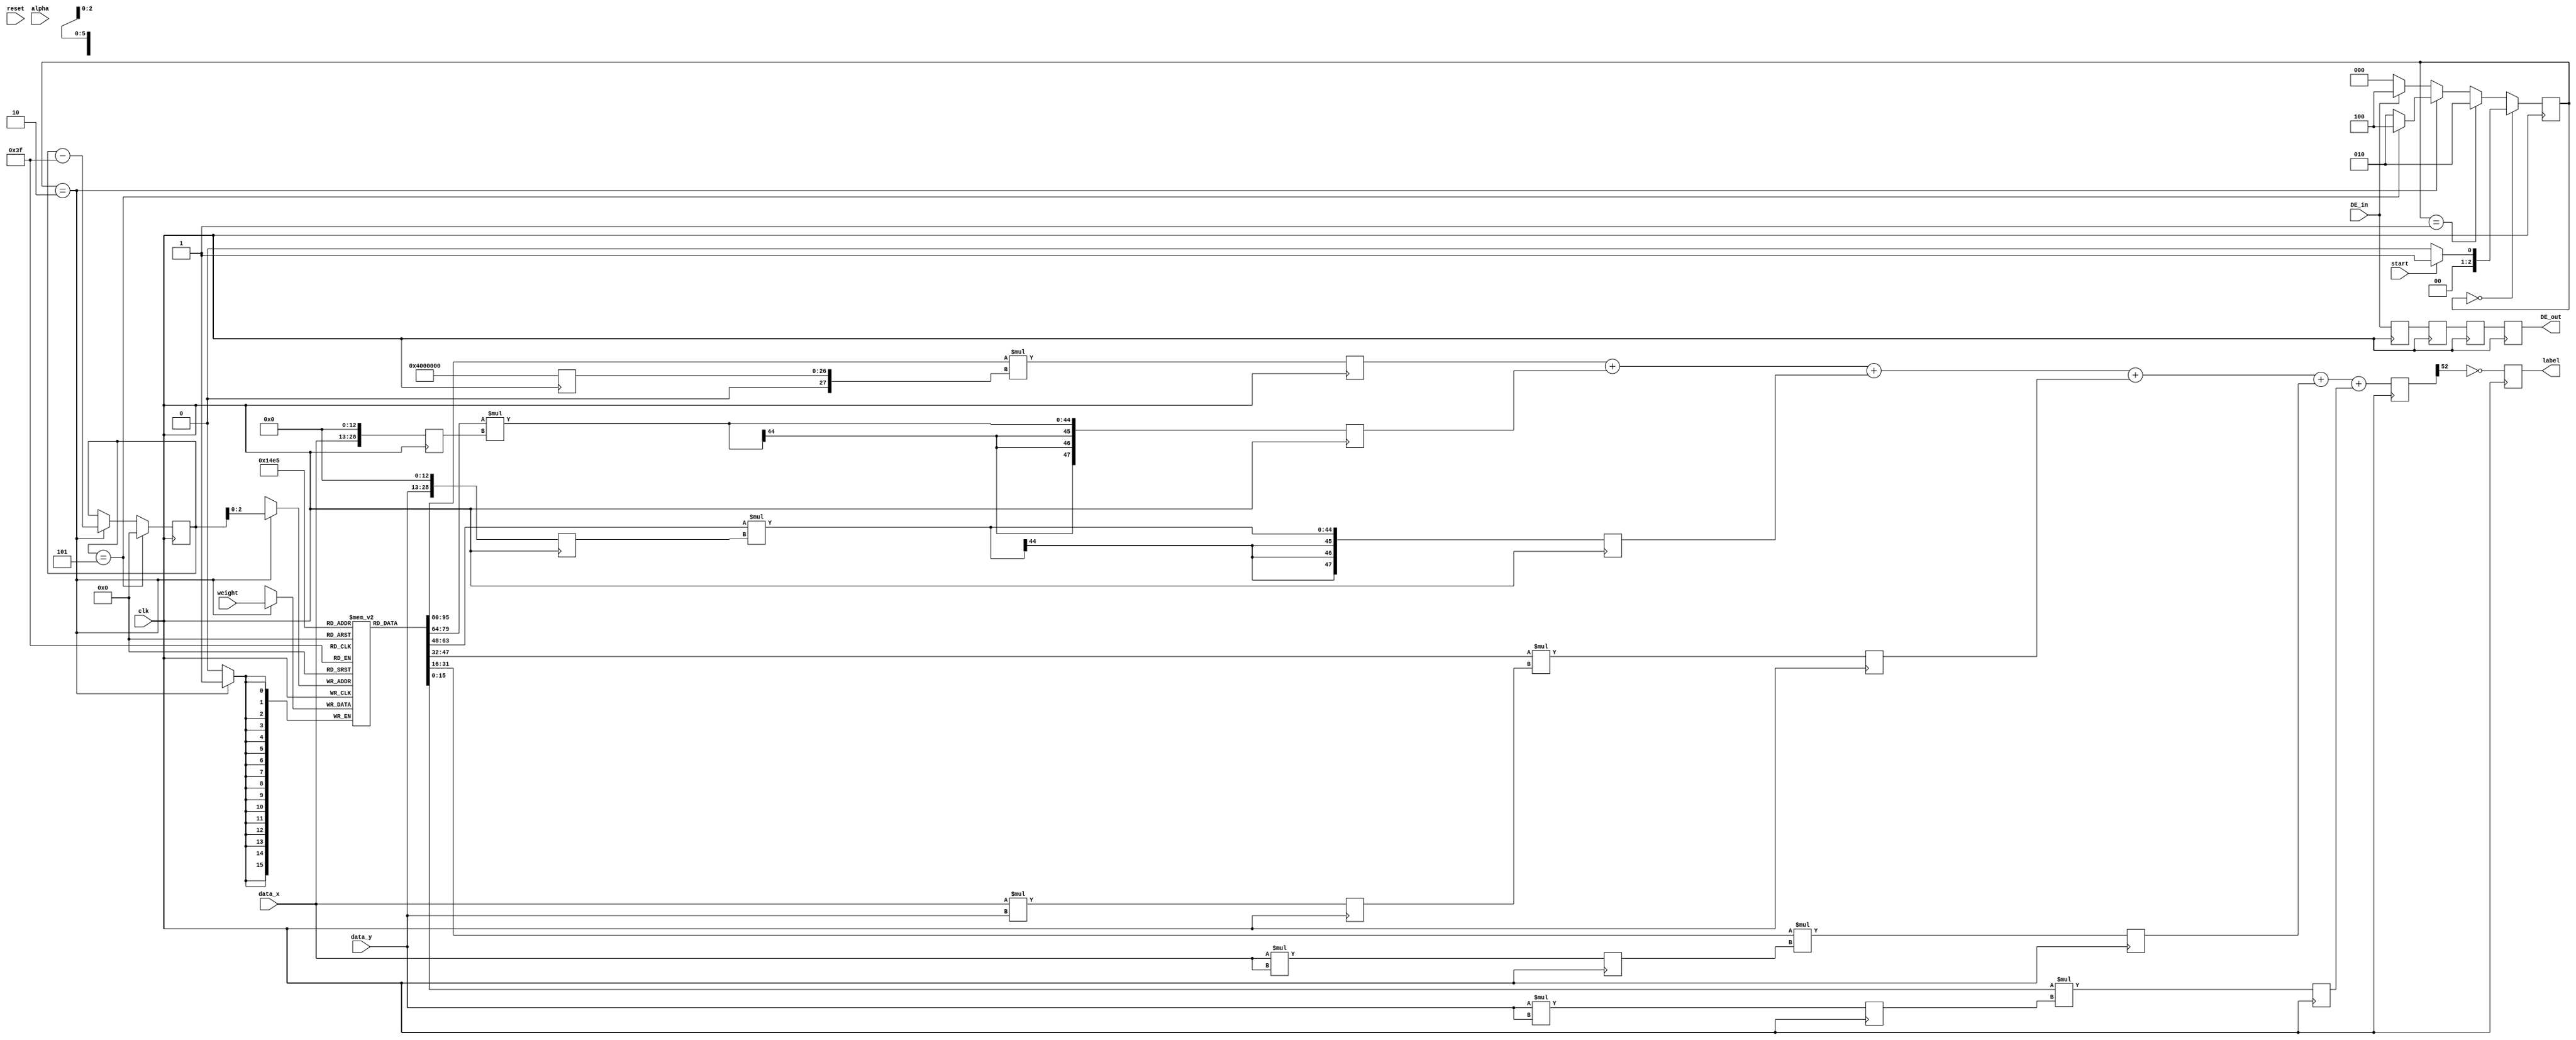
// This is the top Module for SVM Classifier algorithm.
module svm (clk, reset, start, DE_in, DE_out, alpha, weight, data_x, data_y, label);

parameter nSVs = 6;
parameter alpha_BW = 16;
parameter data_BW = 16;
parameter weight_BW = 16;
parameter kernel_BW = 32;
parameter result_BW = 48;
parameter sum_BW = 53;

input  clk;
input  reset;
input  start;
input  DE_in;
input signed [(alpha_BW -  1):0] alpha;
input signed [(weight_BW -  1):0] weight;
input signed [(data_BW -  1):0] data_x;
input signed [(data_BW -  1):0] data_y;

output reg  DE_out;

reg  DE_out1;

reg  DE_out2;

reg  DE_out3;
output reg  label;

reg signed [(alpha_BW -  1):0] alpha_reg;
reg signed [(weight_BW -  1):0] weights [0:(nSVs -  1)];
reg signed [(kernel_BW -  1):0] kernel [0:(nSVs -  1)];
reg signed [(result_BW -  1):0] result [0:(nSVs -  1)];
reg signed [(sum_BW -  1):0] sum_temp [0:(nSVs -  1)];
reg signed [(sum_BW -  1):0] final_sum;

integer i;

parameter IDLE = 0;

parameter START = 1;

parameter WEIGHTS = 2;

parameter SUPPORT_VECS = 3;

parameter COMPUTE = 4;

reg [2:0] current_state;

reg [2:0] next_state;

reg [(nSVs -  1):0] count_SVs;

always @ (posedge clk)
begin

	if  (count_SVs == (nSVs -  1)) 	count_SVs <= 0;
	else 
	if  (current_state == WEIGHTS) 	count_SVs <=  (count_SVs -  6'b111111);

end

always @ (posedge clk)
begin

		current_state <= (next_state);
end

always @ (*)
begin

	if  (current_state == IDLE) 
	begin
	if  (start)	next_state = (START);
	else	next_state = (IDLE);
	end
	
	else 
	if  (current_state == START) 
	begin
		next_state = (WEIGHTS);
	end
	
	else 
	if  (current_state == WEIGHTS) 
	begin
	if  (count_SVs == (nSVs -  1)) 	next_state = (COMPUTE);
	else	next_state = (WEIGHTS);
	end
	
	else
	begin
	if  (DE_in)	next_state = (COMPUTE);
	else	next_state = (IDLE);
	end
	
end

always @ (posedge clk)
begin

	if  (current_state == START) 
	begin
		alpha_reg <= (alpha);
	end
	
end

always @ (posedge clk)
begin

	if  (current_state == WEIGHTS) 
	begin
	 weights [count_SVs] <= (weight);
	end
	
end

always @ (posedge clk)
begin
	DE_out1 <= (DE_in);
	DE_out2 <= (DE_out1);
	DE_out3 <= (DE_out2);
	DE_out <= (DE_out3);

end

initial
begin
current_state <= (IDLE);
	count_SVs <= 0;
         kernel[0] <= 1'b0;
         kernel[1] <= 1'b0;
         kernel[2] <= 1'b0;
         kernel[3] <= 1'b0;
         kernel[4] <= 1'b0;
         kernel[5] <= 1'b0;
         result[0] <= 1'b0;
         result[1] <= 1'b0;
         result[2] <= 1'b0;
         result[3] <= 1'b0;
         result[4] <= 1'b0;
         result[5] <= 1'b0;
                final_sum <= 1'b0;
                label <= 1'b0;

end

always @ (posedge clk)
begin

	 kernel[0] <= $signed ({2'b01,{1'b0,1'b0,1'b0,1'b0,1'b0,1'b0,1'b0,1'b0,1'b0,1'b0,1'b0,1'b0,1'b0,1'b0,1'b0,1'b0,1'b0,1'b0,1'b0,1'b0,1'b0,1'b0,1'b0,1'b0,1'b0,1'b0}});

	 kernel[1] <= $signed ({data_x,{1'b0,1'b0,1'b0,1'b0,1'b0,1'b0,1'b0,1'b0,1'b0,1'b0,1'b0,1'b0,1'b0}});

	 kernel[2] <= $signed ({data_y,{1'b0,1'b0,1'b0,1'b0,1'b0,1'b0,1'b0,1'b0,1'b0,1'b0,1'b0,1'b0,1'b0}});

	 kernel[3] <=  (data_x * data_y);

	 kernel[4] <=  (data_x * data_x);

	 kernel[5] <=  (data_y * data_y);

	 result[0] <=  (weights[0] * kernel[0]);

	 result[1] <=  (weights[1] * kernel[1]);

	 result[2] <=  (weights[2] * kernel[2]);

	 result[3] <=  (weights[3] * kernel[3]);

	 result[4] <=  (weights[4] * kernel[4]);

	 result[5] <=  (weights[5] * kernel[5]);

		final_sum <=  sum_temp [ (nSVs -  1) ];

		label <= ~ ( final_sum [ (sum_BW -  1) ] );

	
end

always @ (*)
begin
 sum_temp[0] =  result[0];

 sum_temp[1] =  (sum_temp[0] + result[1]);

 sum_temp[2] =  (sum_temp[1] + result[2]);

 sum_temp[3] =  (sum_temp[2] + result[3]);

 sum_temp[4] =  (sum_temp[3] + result[4]);

 sum_temp[5] =  (sum_temp[4] + result[5]);


end

endmodule